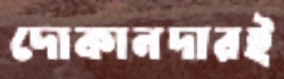
দোকানদারই